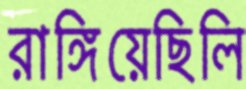
রাঙ্গিয়েছিলি